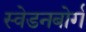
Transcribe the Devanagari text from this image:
स्वेडनबोर्ग